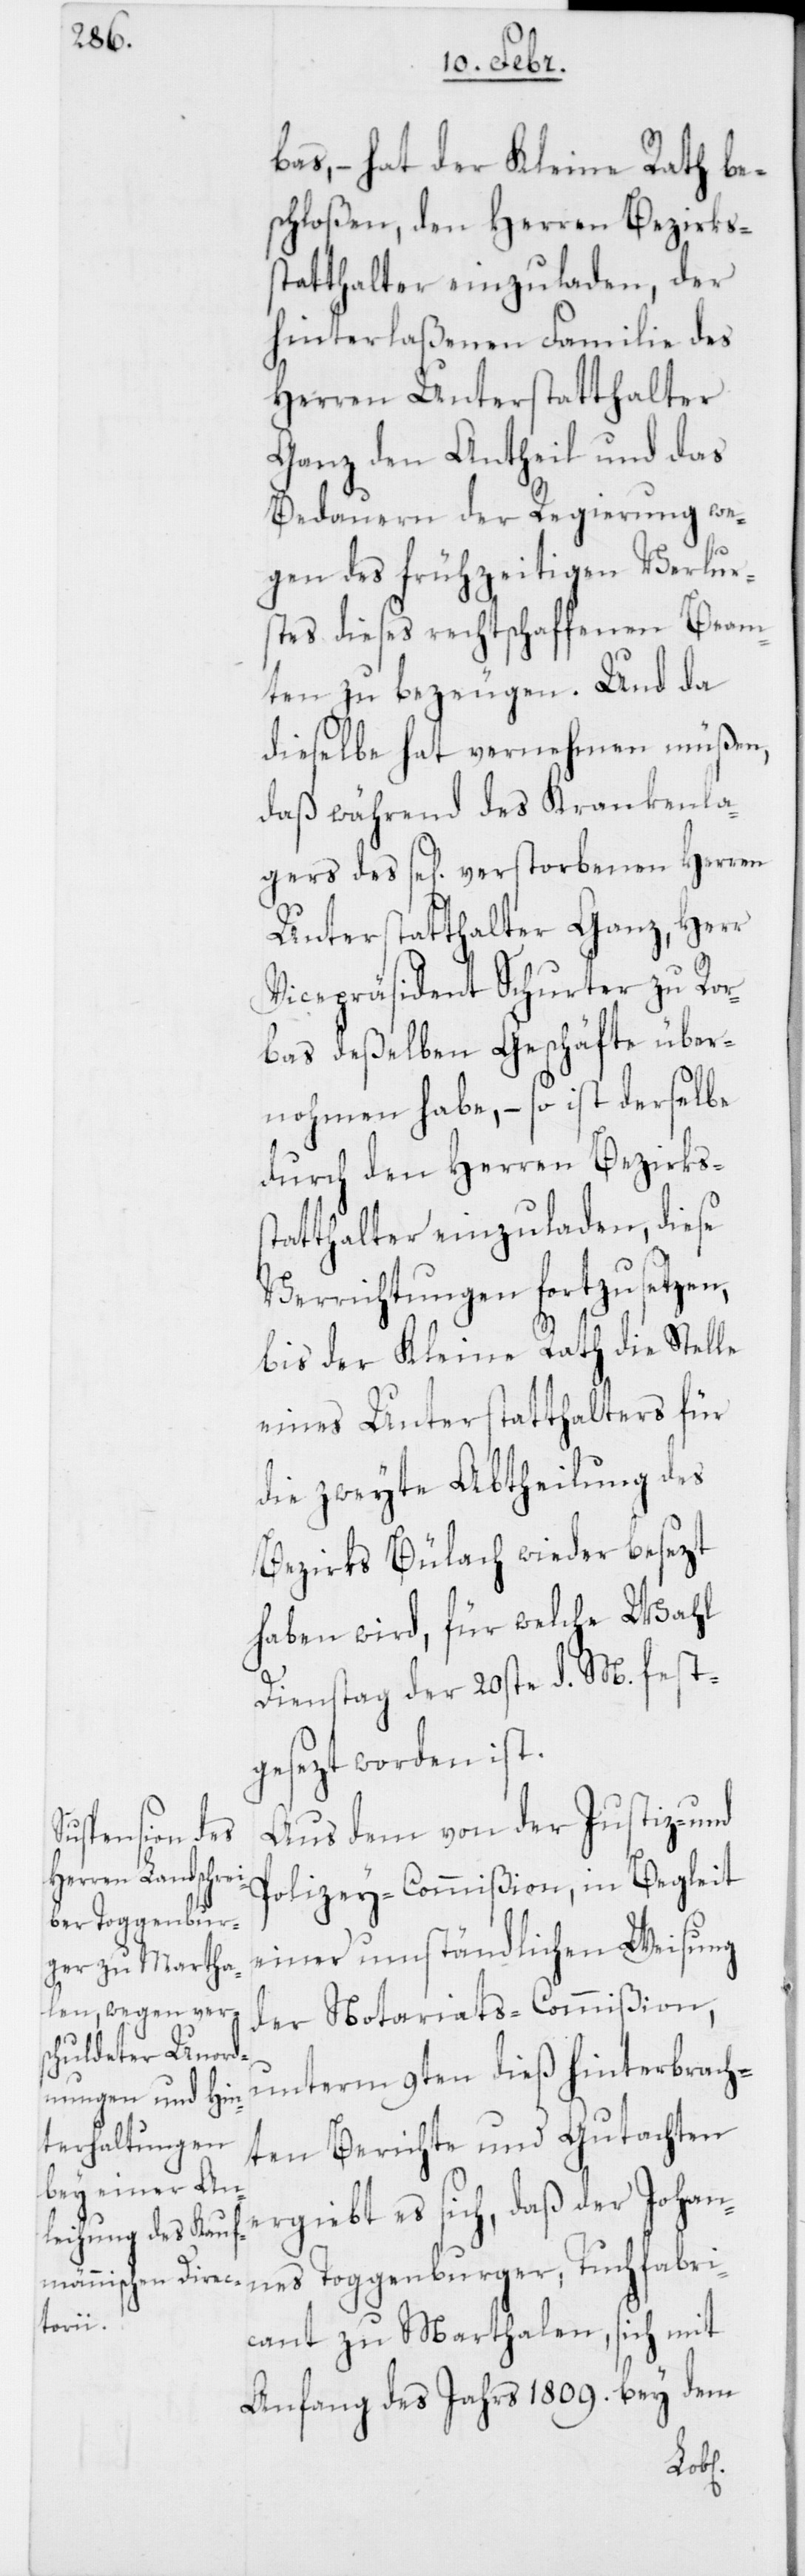
bas, – hat der Kleine Rath be¬
schloßen, den Herren Bezirks¬
statthalter einzuladen, der
hinterlaßenen Familie des
Herren Unterstatthalter
Ganz den Antheil und das
Bedauern der Regierung we¬
gen des frühzeitigen Verlurs¬
tes dieses rechtschaffenen Beam¬
ten zu bezeugen. Und da
dieselbe hat vernehmen müßen,
daß während des Krankenla¬
gers des se[lig] verstorbenen Herren
Unterstatthalter Ganz, Herr
Vicepräsident Schurter zu Ror¬
bas deßelben Geschäfte über¬
nohmen habe, – so ist derselbe
durch den Herren Bezirkss¬
tatthalter einzuladen, diese
Verrichtungen fortzusetzen,
bis der Kleine Rath die Stelle
eines Unterstatthalters für
die zweyte Abtheilung des
Bezirks Bülach wieder besezt
haben wird, für welche Wahl
Dienstag der 20ste d. M. fest¬
gesezt worden ist.
Aus dem von der Justiz- und
Polizey-Commißion, in Begleit
einer umständlichen Weisung
der Notariats-Commißion,
unterm 9ten dieß hinterbrach¬
ten Berichte und Gutachten
ergiebt es sich, daß der Johan¬
nes Toggenburger, Tuchfabri¬
cant zu Marthalen, sich mit
Anfang des Jahrs 1809. bey dem